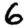
Digit: 6